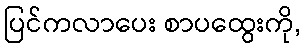
ပြင်ကလာပေး စာပထွေးကို,